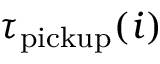
\tau _ { \mathrm { p i c k u p } } ( i )